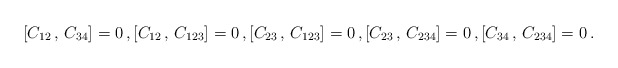
\begin{align*}[C_{12}\,,\,C_{34}]=0\,,[C_{12}\,,\,C_{123}]=0\,,[C_{23}\,,\,C_{123}]=0\,,[C_{23}\,,\,C_{234}]=0\,,[C_{34}\,,\,C_{234}]=0\,.\end{align*}